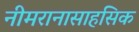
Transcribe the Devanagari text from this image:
नीमरानासाहसिक